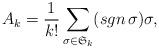
LaTeX: \begin{align*}A_k=\frac{1}{k!}\sum_{\sigma\in\mathfrak{S}_k}(sgn\,\sigma)\sigma, \end{align*}